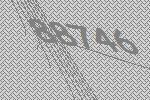
88746